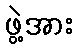
ဖွဲ့အား